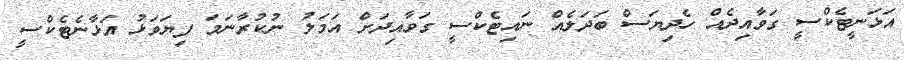
އަޅަނީޓެކްސީ ގަވާއިދެއް ހެދިޔަސް ބަދަލެއް ނައިޓެކްސީ ގަވާއިދަށް އަމަލު ނުކުރާނަމަ ފިޔަވަޅު އަޅާނެޓެކްސީ